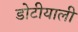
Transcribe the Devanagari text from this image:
डोटीयाली